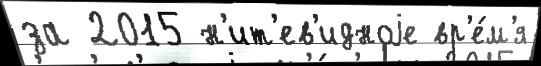
за 2015 н'ит'ев'идноjе вр'е́м'я